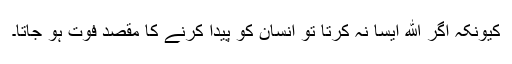
کیونکہ اگر الله ایسا نہ کرتا تو انسان کو پیدا کرنے کا مقصد فوت ہو جاتا۔